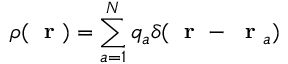
\rho ( \mathrm { ~ \bf ~ r ~ } ) = \sum _ { a = 1 } ^ { N } q _ { a } \delta ( \mathrm { ~ \bf ~ r ~ } - \mathrm { ~ \bf ~ r ~ } _ { a } )